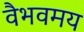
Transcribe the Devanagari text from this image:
वैभवमय